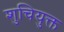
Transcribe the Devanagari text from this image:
शुचियुक्त